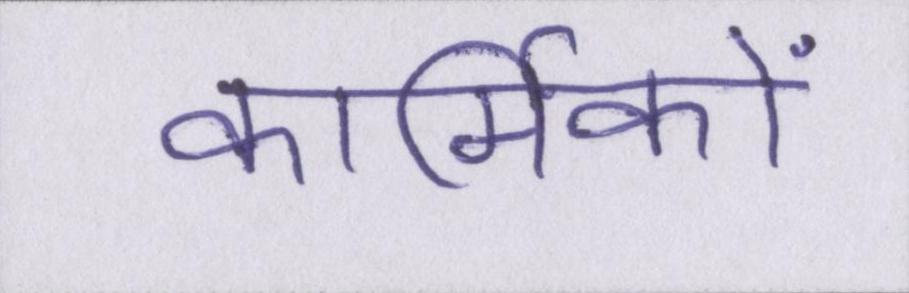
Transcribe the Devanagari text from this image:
कार्मिकों